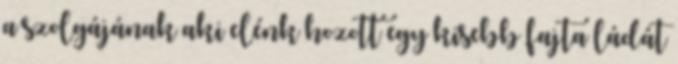
a szolgájának aki elénk hozott egy kisebb fajta ládát